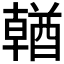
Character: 𨢈